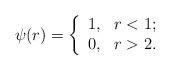
LaTeX: \begin{align*} \psi(r) = \left\{\begin{array}{ll} 1, & r < 1;\\ 0, & r > 2. \end{array}\right.\end{align*}